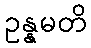
ဥန္နမတိ